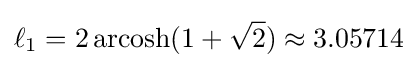
\ell _{1}=2\operatorname {\rm {arcosh}} (1+{\sqrt {2}})\approx 3.05714